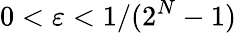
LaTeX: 0<\varepsilon<1/(2^{N}-1)